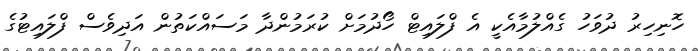
ހޮނިހިރު ދުވަހު ގެއްލުމާއެކީ އެ ފްލައިޓް ހޯދުމަށް ކުރަމުންދާ މަސައްކަތުން އަދިވެސް ފްލައިޓުގެ